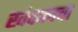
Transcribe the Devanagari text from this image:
खंदकाचा